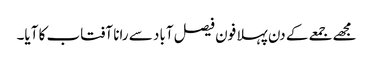
مجھے جمعے کے دن پہلا فون فیصل آباد سے رانا آفتاب کا آیا۔